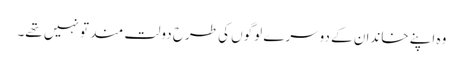
وہ اپنے خاندان کے دوسرے لوگوں کی طرح دولت مند تو نہیں تھے۔